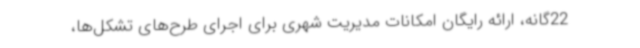
22گانه، ارائه رایگان امکانات مدیریت شهری برای اجرای طرح‌های تشکل‌ها،